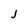
Character: J